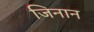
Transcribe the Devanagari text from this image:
जिनान